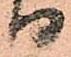
り